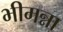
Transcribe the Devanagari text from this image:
भीमन्ना